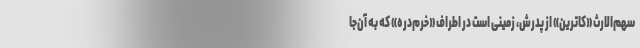
سهم‌الارث «کاترین» از پدرش، زمینی است در اطراف «خرم‌دره» که به آن‌جا